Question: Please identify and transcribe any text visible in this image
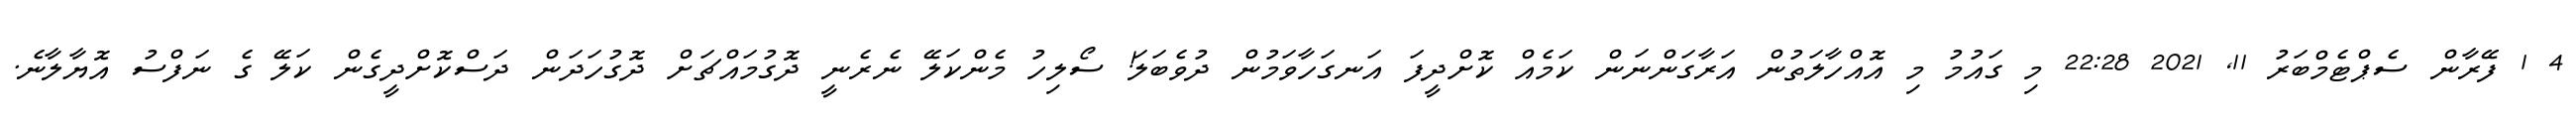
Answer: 4 1 ފޭރާން ސެޕްޓެމްބަރު 11, 2021 22:28 މި ގައުމު މި އޮއްހާލަތުން އަރާގަންނަން ކަމެއް ކޮށްދީފަ އަނގަހާވަމުން ދުވެބަލަ! ސޯލިހު މެންކަލޭ ނެރެނީ ދޮގުމައްޗަށް ދޮގުހަދަން ދަސްކޮށްދީގެން ކަލޭ ގެ ނަފްސު އޮޔާލާނެ.